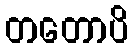
တတောပိ